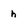
Character: h